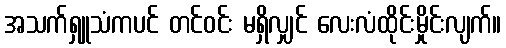
အသက်ရှူသံကပင် တင်ဝင်း မရှိလျှင် လေးလံထိုင်းမှိုင်းလျက်။